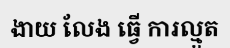
ងាយ លែង ធ្វើ ការល្មួត